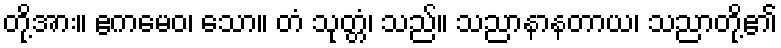
တို့အား။ ဧကမေဝ၊ သော။ တံ သုတ္တံ၊ သည်။ သညာနာနတာယ၊ သညာတို့၏